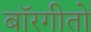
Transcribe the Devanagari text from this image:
बॉरगीतो